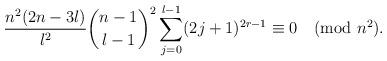
LaTeX: \begin{align*}\frac{n^2(2n-3l)}{l^2}\binom{n-1}{l-1}^2\sum_{j=0}^{l-1}(2j+1)^{2r-1}\equiv0\pmod{n^2}.\end{align*}